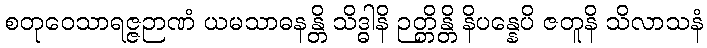
စတုဝေသာရဇ္ဇဉာဏံ ယမသာဓနန္တိ သိဒ္ဓါနိ ဉတ္တိန္တိ နိပန္နေပိ ဇတူနိ သိလာသနံ